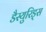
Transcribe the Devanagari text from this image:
डैस्युरिड्स